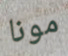
مونا